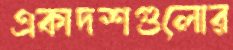
একাদশগুলোর